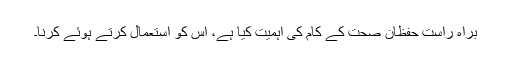
براہ راست حفظان صحت کے کام کی اہمیت کیا ہے، اس کو استعمال کرتے ہوئے کرنا۔